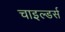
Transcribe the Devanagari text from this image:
चाइल्डर्स